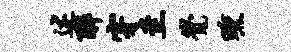
述醉穿圭觉曛